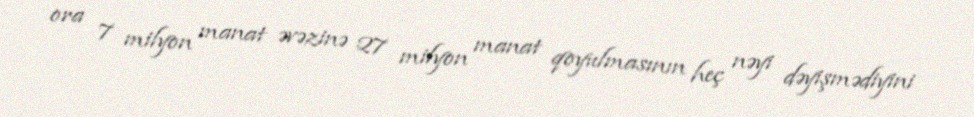
ora 7 milyon manat əvəzinə 27 milyon manat qoyulmasının heç nəyi dəyişmədiyini